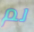
لم